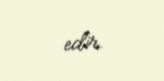
edir.